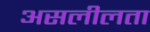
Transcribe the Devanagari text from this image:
असलीलता